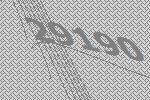
29190